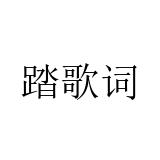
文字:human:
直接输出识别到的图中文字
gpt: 踏歌词